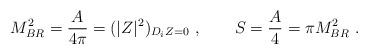
LaTeX: \begin{align*}M_{BR}^2= {A\over 4\pi} = ( |Z|^2)_{D_i Z=0} \ , \qquad S={A\over 4} = \pi M_{BR}^2 \ .\end{align*}